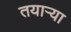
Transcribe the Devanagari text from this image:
तयाऱ्या